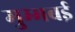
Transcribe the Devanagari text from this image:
मुम्मबई